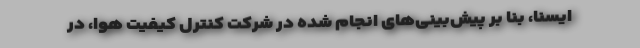
ایسنا، بنا بر پیش‌بینی‌های انجام‌ شده در شرکت کنترل کیفیت هوا، در